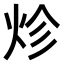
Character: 𤇪